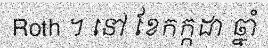
Roth ។ នៅ ខែកក្កដា ឆ្នាំ